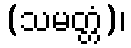
(သမတ္တံ)၊